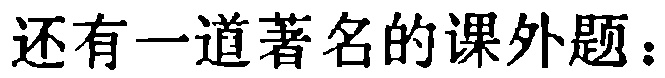
还有一道著名的课外题：